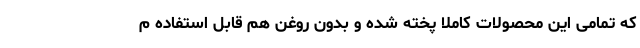
که تمامی این محصولات کاملا پخته شده و بدون روغن هم قابل استفاده م